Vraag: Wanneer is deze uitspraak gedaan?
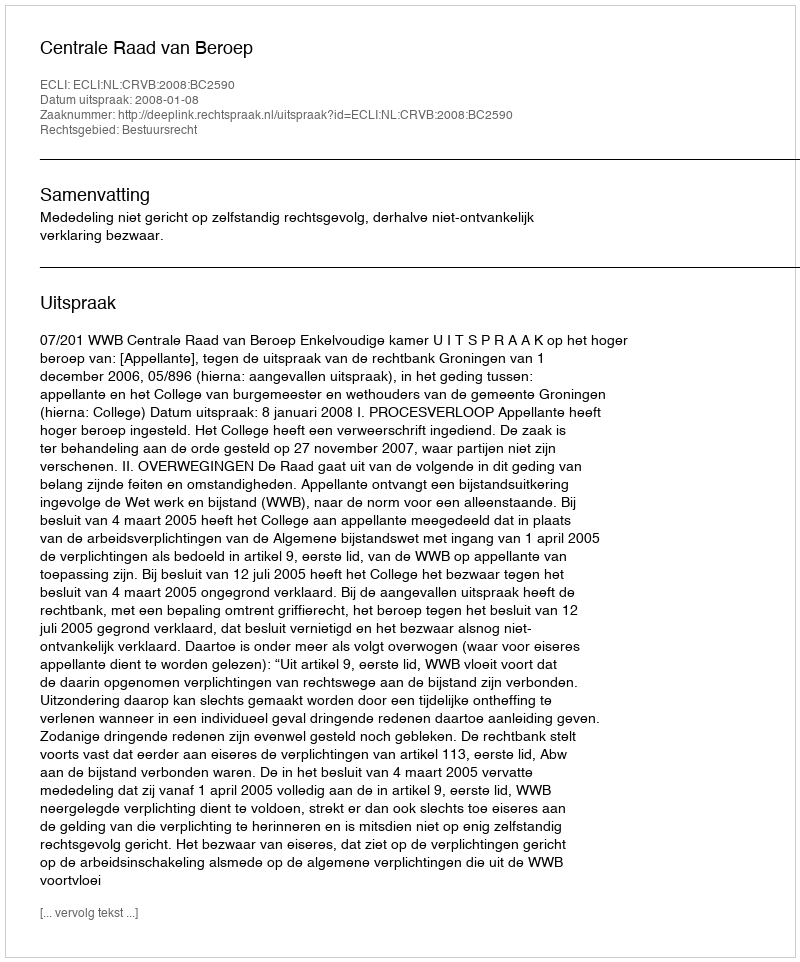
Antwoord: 2008-01-08